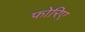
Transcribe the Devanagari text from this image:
फोरिए